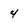
Character: 4